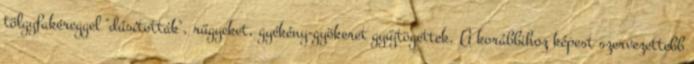
tölgyfakéreggel "dúsították", rügyeket, gyékény-gyökeret gyűjtögettek. A korábbihoz képest szervezettebb